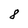
Character: 8